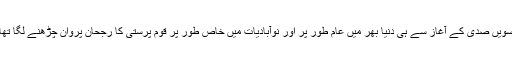
بیسویں صدی کے آغاز سے ہی دنیا بھر میں عام طور پر اور نوآبادیات میں خاص طور پر قوم پرستی کا رجحان پروان چڑھنے لگا تھا ۔